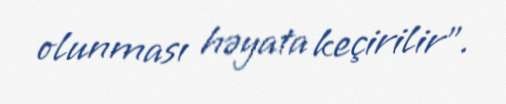
olunması həyata keçirilir”.